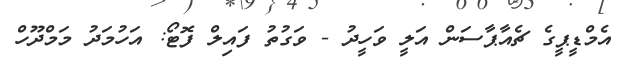
އެމްޑީޕީގެ ޗެއާޕާސަން އަލީ ވަހީދު - ވަގުތު ފައިލް ފޮޓޯ: އަހުމަދު މަމްދޫހް